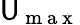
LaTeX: \mathsf{U}_{\mathrm{{~m~a~x~}}}